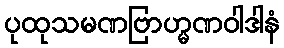
ပုထုသမဏဗြာဟ္မဏဝါဒါနံ